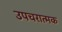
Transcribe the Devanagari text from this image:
उपचरात्मक